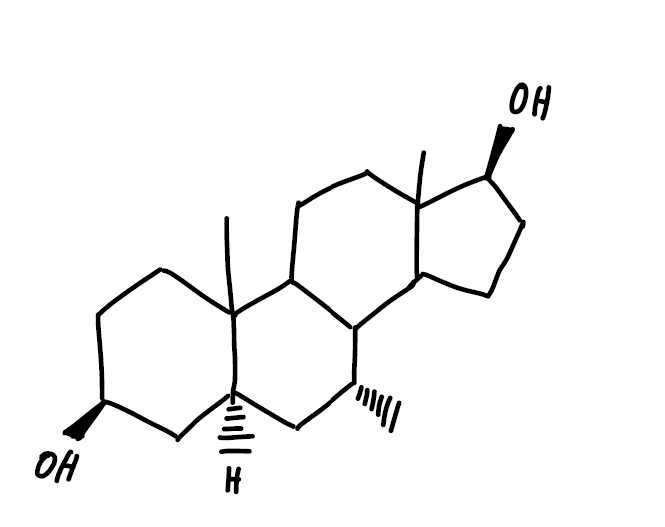
Simplified molecular-input line-entry system (SMILES) notation of the given molecule:
C[C@@H]1C[C@H]2C[C@H](CCC2(C3C1C4CC[C@@H](C4(CC3)C)O)C)O